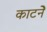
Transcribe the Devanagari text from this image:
काटनेे